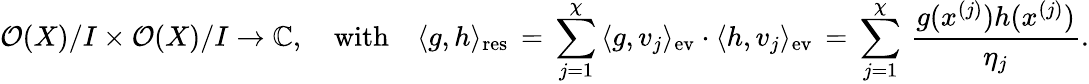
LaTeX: {\cal O}(X)/I\times{\cal O}(X)/I\rightarrow\mathbb{C},\quad\mathrm{with}\quad\langle g,h\rangle_{\mathrm{res}}\, =\, \sum_{j=1}^{\chi}\, \langle g,v_{j}\rangle_{\mathrm{ev}}\cdot\langle h,v_{j}\rangle_{\mathrm{ev}}\, =\, \sum_{j=1}^{\chi}\, \frac{g(x^{(j)})h(x^{(j)})}{\eta_{j}}.